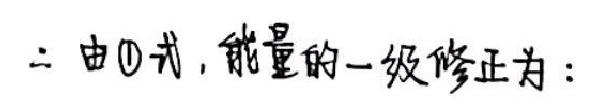
二由$\textcircled{1}$式，能量的一级修正为：